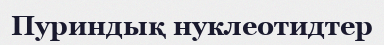
Пуриндық нуклеотидтер